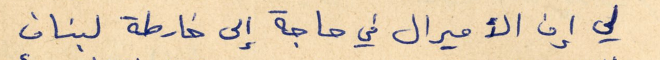
لي إن الأميرال في حاجة إلى خارطة لبنان